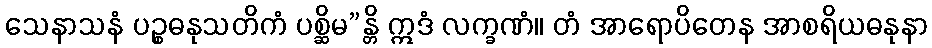
သေနာသနံ ပဉ္စဓနုသတိကံ ပစ္ဆိမ”န္တိ ဣဒံ လက္ခဏံ။ တံ အာရောပိတေန အာစရိယဓနုနာ